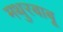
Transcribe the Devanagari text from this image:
मथुरबाबू